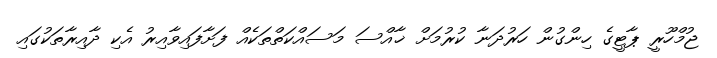
ޖުމްހޫރީ ޕާޓީގެ ހިންގުން ހަރުދަނާ ކުރުމަށް ޚާއްސަ މަސައްކަތްތަކެއް ފަށާފައިވާއިރު އެކި ދާއިރާތަކުގައި